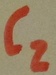
Text: C2